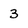
Character: 3